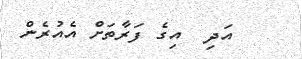
އަދި  އިގެ ފަރާތަށް އެއުރެން